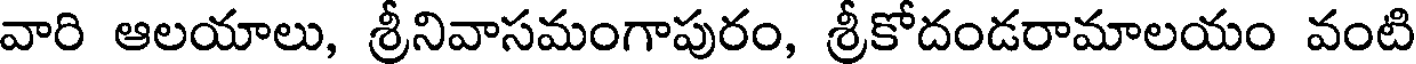
వారి ఆలయాలు, శ్రీనివాసమంగాపురం, శ్రీకోదండరామాలయం వంటి